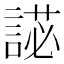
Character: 𧪋